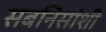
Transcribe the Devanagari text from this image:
सबनिसांशी